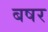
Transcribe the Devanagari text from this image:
बषर